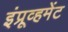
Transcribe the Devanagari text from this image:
इंप्रूव्हमेंट